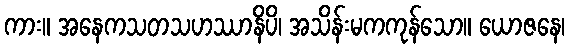
ကား။ အနေကသတသဟဿာနိပိ၊ အသိန်းမကကုန်သော။ ယောဇနေ၊